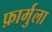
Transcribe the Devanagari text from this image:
फ़ार्मुला